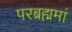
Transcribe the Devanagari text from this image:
परब्रह्ममां